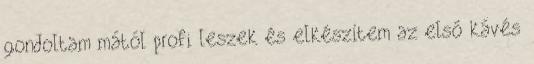
gondoltam mától profi leszek és elkészítem az első kávés